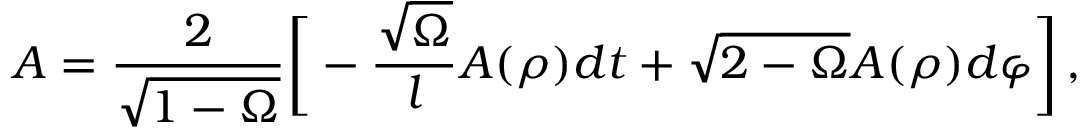
A = \frac { 2 } { \sqrt { 1 - \Omega } } { \biggl [ } - \frac { \sqrt { \Omega } } { l } A ( \rho ) d t + \sqrt { 2 - \Omega } A ( \rho ) d \varphi { \biggr ] } \, ,